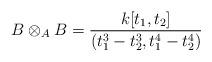
LaTeX: \begin{align*}B\otimes_A B=\frac{k[t_1,t_2]}{(t_1^3-t_2^3,t_1^4-t_2^4)}\end{align*}